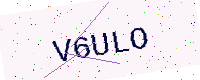
Text: V6ULO